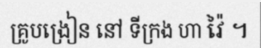
គ្រូបង្រៀន នៅ ទីក្រង ហា វ៉ៃ ។